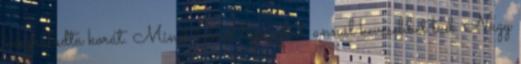
meghaladta korát. Minél többet tapasztal, annál kevesebbet tud. Nagy